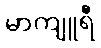
မာကျူရီ